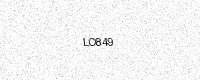
Text: LO849